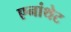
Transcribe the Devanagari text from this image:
एनांथेट